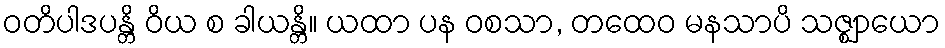
ဝတိပါဒပန္တိ ဝိယ စ ခါယန္တိ။ ယထာ ပန ဝစသာ, တထေဝ မနသာပိ သဇ္ဈာယော